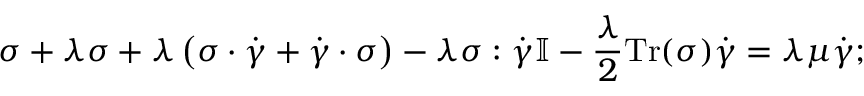
\boldsymbol { \sigma } + \lambda \overset \triangledown { \boldsymbol { \sigma } } + \lambda \left( \boldsymbol { \sigma } \cdot \dot { \boldsymbol { \gamma } } + \dot { \boldsymbol { \gamma } } \cdot \boldsymbol { \sigma } \right) - \lambda \boldsymbol { \sigma } : \dot { \boldsymbol { \gamma } } \mathbb { I } - \frac { \lambda } { 2 } \mathrm { T r } ( \boldsymbol { \sigma } ) \dot { \boldsymbol { \gamma } } = \lambda \mu \dot { \boldsymbol { \gamma } } ;